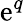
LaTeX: \mathrm{e}^{q}